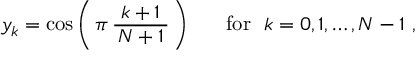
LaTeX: y _ { k } = \cos \left( \, \pi \, { \frac { k + 1 } { \, N + 1 \, } } \, \right) \quad ~ { \mathrm { ~ f o r ~ } } ~ k = 0 , 1 , \dots , N - 1 ~ ,